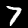
Label: 7